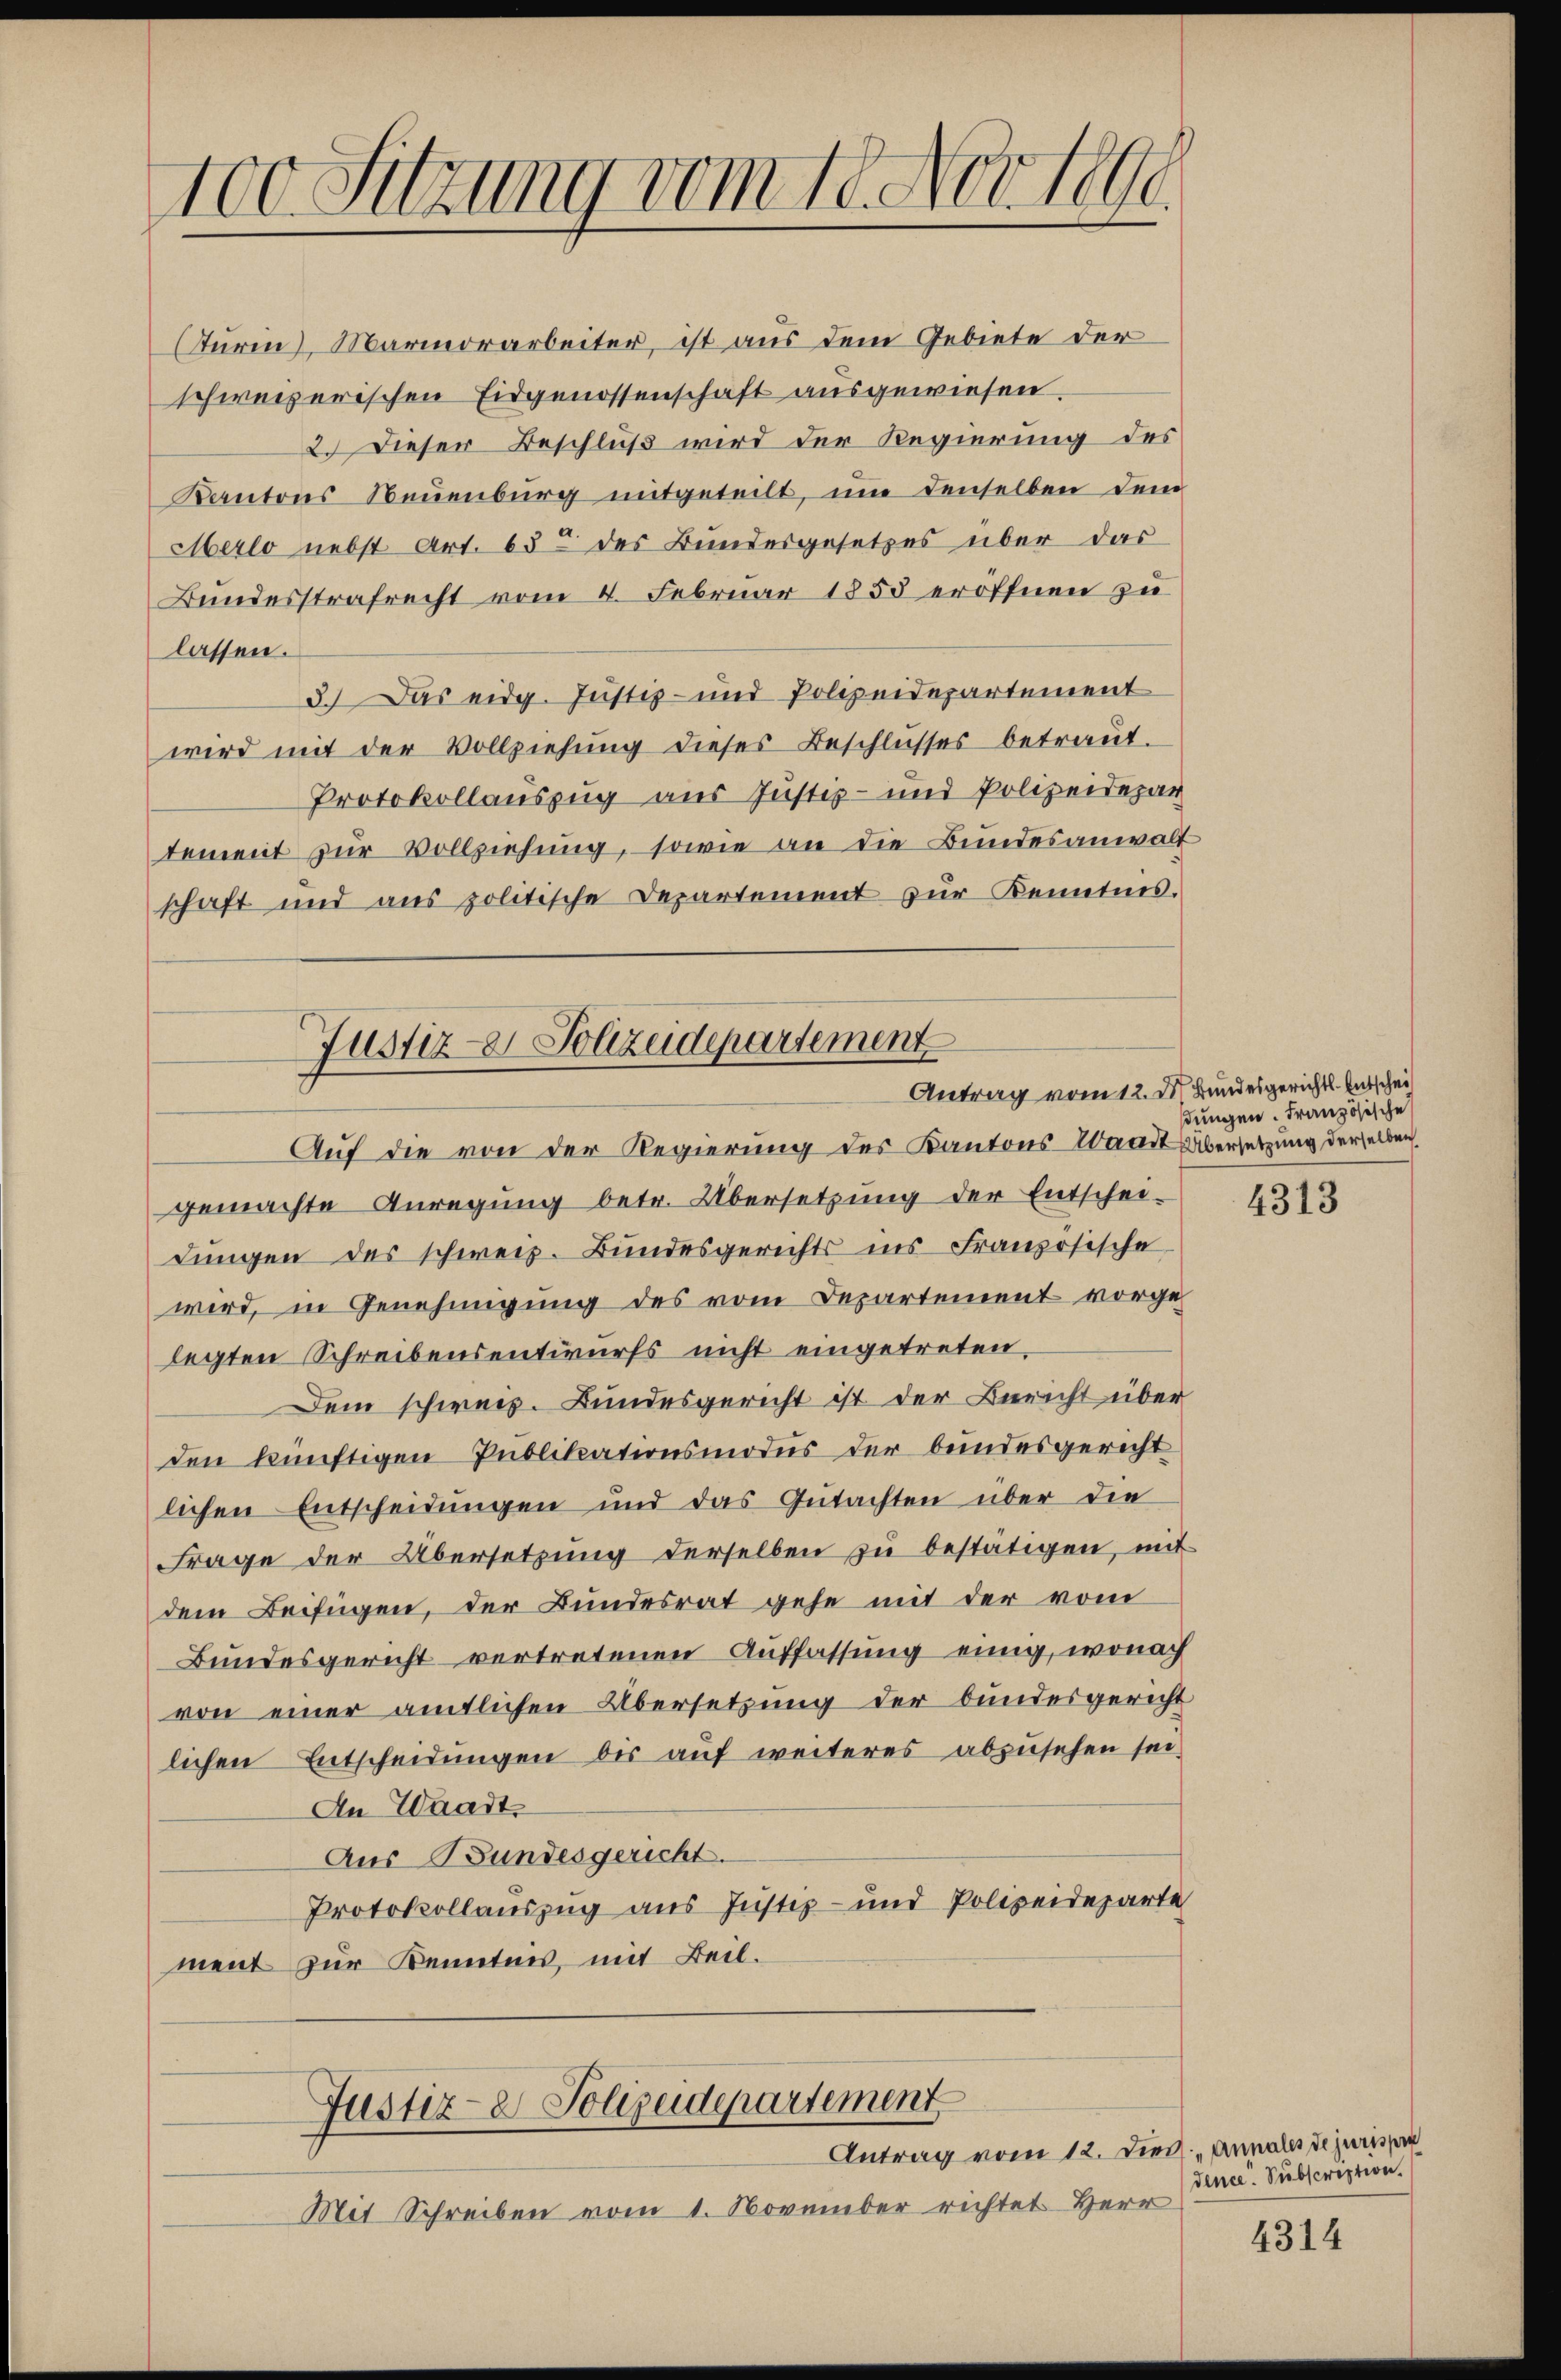
100 Setzung vom 18. Nov. 1890.

Sturin, Marmorarbeiter, ist aus dem Gebiete der
schweizerischen Eidgenossenschaft ausgewiesen.
2. Dieser Beschluß wird der Regierung des
Kantons Neuenburg mitgeteilt, um denselben dem
Merlo nebst Art. 63 des Bundesgesetzes über das
Bundesstrafrecht vom 4. Februar 1855 eröffnen zu
lassen.
3.) Das eidg. Justiz- und Polizeidepartement
wird mit der Vollziehung dieses Beschlusses betraut.
Protokollauszug aus Justiz- und Polizeidepar
tement zur Vollziehung, sowie an die Bundesanwalt
schaft und aus politische Departement zur Kenntnis.
Auf die von der Regierung des Kantons-Waadt Übersetzung derselben
gemachte Anregŭng betr. Übersetzŭng der Entschei-
dŭngen des schweiz. Bŭndesgerichts ins Französische
wird, in Genehmigung des vom Departement vorge
legten Schreibensentwurfs nicht eingetreten,
Dein schweis. Bundesgericht ist der Bericht über
den künftigen Publikationsmodus der bundesgericht
lichen Entscheidungen und das Gutachten über die
Frage der Übersetzŭng derselben zŭ bestätigen, mit
dem Beifügen, der Bundesrat gehe mit der vom
Bundesgericht vertretenen Auffassung einig, wonach
von einer amtlichen Übersetzung der bundesgericht
lichen Entscheidungen bis auf weiteres abzusehen sei.
An Waadt
Aus Bundesgericht.
Protokollauszug aus Justiz- und Polizeideparte
ment zur Kenntnis, mit Beil.
Justiz- & Polizeidepartement
Antrag vom 12. Dien. Annales de jurispr
Mit Schreiben vom 1. November richtet Herr

Justiz- & Polizeidepartement

Antrag vom 12. d. Bundesgerichts-Entschei
dungen. Französische

4313

dence. Subscription.

4314